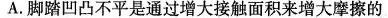
A.脚踏凹凸不平是通过增大接触面积来增大摩擦的